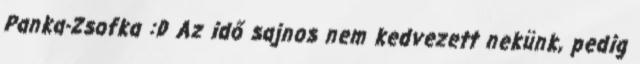
Panka-Zsofka :D Az idő sajnos nem kedvezett nekünk, pedig